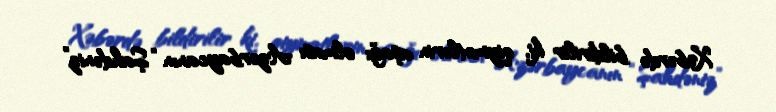
Xəbərdə bildirilir ki, qiymətlərin aşağı olması Azərbaycanın “Şahdəniz”